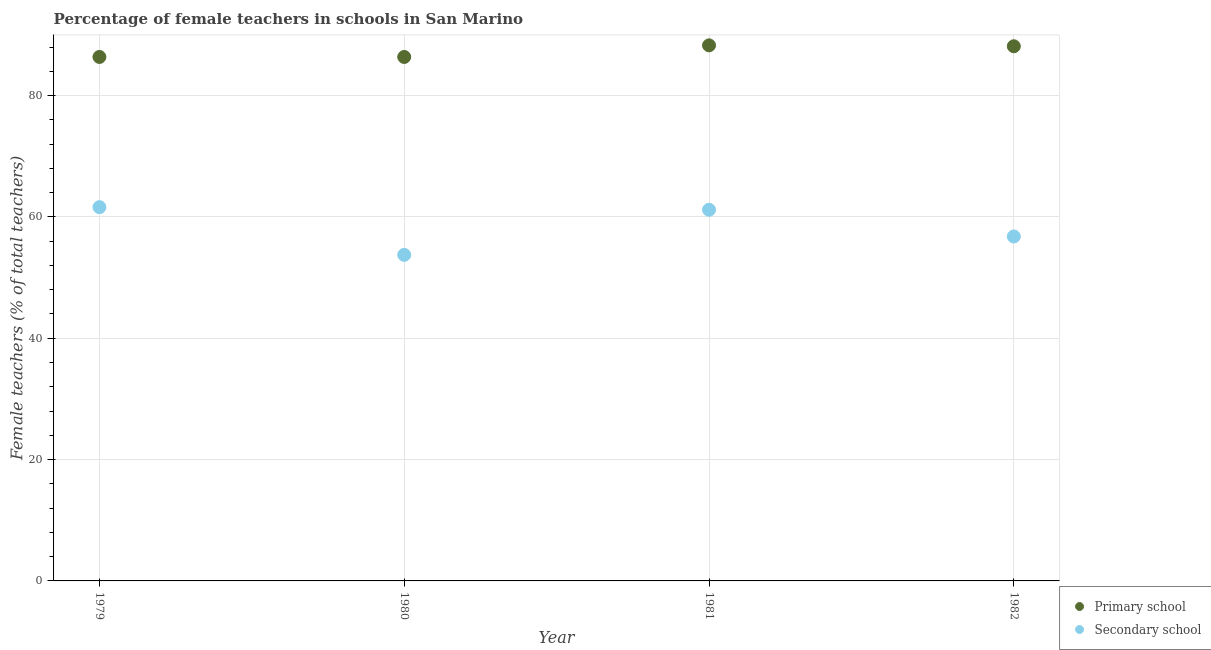
| Year | Primary school | Secondary school |
 | --- | --- | --- |
 | 1979 | 86.4 | 61.6 |
 | 1980 | 86.4 | 53.7 |
 | 1981 | 88.3 | 61.2 |
 | 1982 | 88.1 | 56.8 |